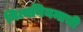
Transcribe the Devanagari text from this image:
नित्यनियमाची